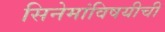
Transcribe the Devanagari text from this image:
सिनेमांविषयीची